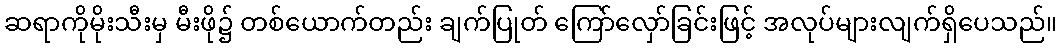
ဆရာကိုမိုးသီးမှ မီးဖို၌ တစ်ယောက်တည်း ချက်ပြုတ် ကြော်လှော်ခြင်းဖြင့် အလုပ်များလျက်ရှိပေသည်။